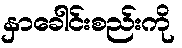
နှာခေါင်းစည်းကို